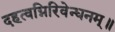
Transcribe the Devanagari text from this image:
दहत्वग्निरिवेन्धनम्॥